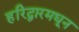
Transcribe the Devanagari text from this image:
हरिद्वारमधून